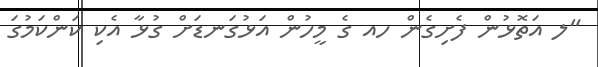
"ލ އަތޮޅުން ފެށިގެން ހއ ގެ މީހުން އަޅުގަނޑަށް ގުޅާ އެކި ކަންކަމުގަ